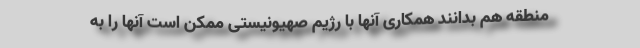
منطقه هم بدانند همکاری آنها با رژیم صهیونیستی ممکن است آنها را به